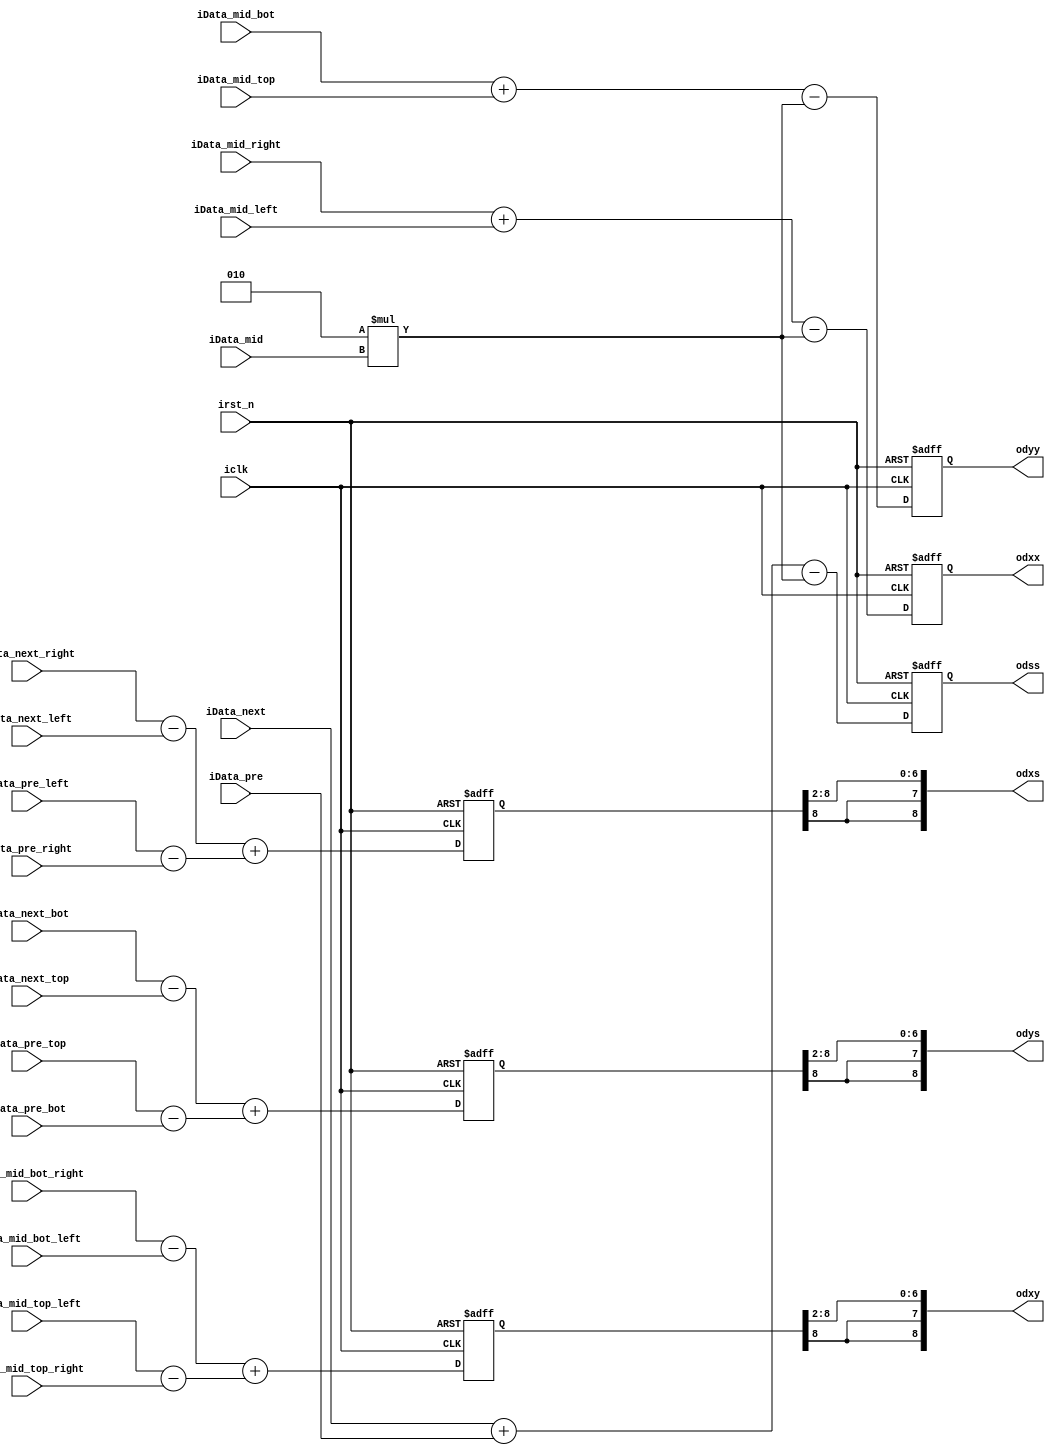
`timescale 1 ps / 1 ps

module Hessian_3D (  
  input                         iclk,
  input                         irst_n,
  input     signed     [8:0]    iData_mid_top_left,
  input     signed     [8:0]    iData_mid_top,
  input     signed     [8:0]    iData_mid_top_right,
  input     signed     [8:0]    iData_mid_left,
  input     signed     [8:0]    iData_mid,
  input     signed     [8:0]    iData_mid_right,
  input     signed     [8:0]    iData_mid_bot_left,
  input     signed     [8:0]    iData_mid_bot,
  input     signed     [8:0]    iData_mid_bot_right,
  input     signed     [8:0]    iData_next_top,
  input     signed     [8:0]    iData_next_left,
  input     signed     [8:0]    iData_next,
  input     signed     [8:0]    iData_next_right,
  input     signed     [8:0]    iData_next_bot,
  input     signed     [8:0]    iData_pre_top,
  input     signed     [8:0]    iData_pre_left,
  input     signed     [8:0]    iData_pre,
  input     signed     [8:0]    iData_pre_right,
  input     signed     [8:0]    iData_pre_bot,
  output    signed     [8:0]    odxx,
  output    signed     [8:0]    odyy,
  output    signed     [8:0]    odss,
  output    signed     [8:0]    odxy,
  output    signed     [8:0]    odxs,
  output    signed     [8:0]    odys
);

reg   [8:0]   operate_dxx;   
reg   [8:0]   operate_dyy;
reg   [8:0]   operate_dss;
reg   [8:0]   operate_dxy;   
reg   [8:0]   operate_dxs;
reg   [8:0]   operate_dys;

assign odxx = operate_dxx;
assign odyy = operate_dyy;
assign odss = operate_dss;
assign odxy = {operate_dxy[8],operate_dxy[8],operate_dxy[8:2]};
assign odxs = {operate_dxs[8],operate_dxs[8],operate_dxs[8:2]};
assign odys = {operate_dys[8],operate_dys[8],operate_dys[8:2]};

always@(posedge iclk or negedge irst_n) begin
  if (!irst_n) begin
    operate_dxx <= 0;
    operate_dyy <= 0;
    operate_dss <= 0; 
    operate_dxy <= 0;
    operate_dxs <= 0;
    operate_dys <= 0;  
  end
  else begin
    operate_dxx <= (iData_mid_right + iData_mid_left) - (2 * iData_mid);
    operate_dyy <= (iData_mid_bot + iData_mid_top) - (2 * iData_mid);
    operate_dss <= (iData_next + iData_pre) - (2 * iData_mid); 
    operate_dxy <= (iData_mid_bot_right - iData_mid_bot_left) + (iData_mid_top_left - iData_mid_top_right);
    operate_dxs <= (iData_next_right - iData_next_left) + (iData_pre_left - iData_pre_right);
    operate_dys <= (iData_next_bot - iData_next_top) + (iData_pre_top - iData_pre_bot);  
  end  
end

endmodule